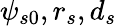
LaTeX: \psi_{s0},r_{s},d_{s}